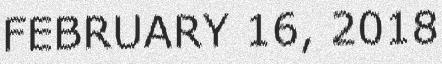
FEBRUARY 16, 2018